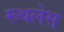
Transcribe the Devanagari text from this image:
रूथलेस